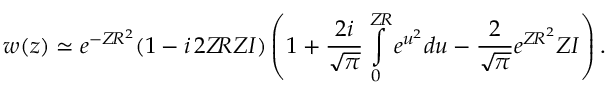
w ( z ) \simeq e ^ { - Z \! R ^ { 2 } } ( 1 - i \, 2 Z \! R Z I ) \left( 1 + \frac { 2 i } { \sqrt { \pi } } \int \displaylimits _ { 0 } ^ { Z \! R } e ^ { u ^ { 2 } } d u - \frac { 2 } { \sqrt { \pi } } e ^ { { Z \! R } ^ { 2 } } Z I \right) .